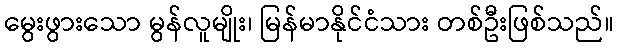
မွေးဖွားသော မွန်လူမျိုး၊ မြန်မာနိုင်ငံသား တစ်ဦးဖြစ်သည်။